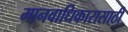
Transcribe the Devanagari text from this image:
मानवाधिकारासाठी